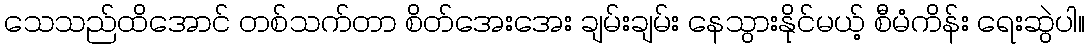
သေသည်ထိအောင် တစ်သက်တာ စိတ်အေးအေး ချမ်းချမ်း နေသွားနိုင်မယ့် စီမံကိန်း ရေးဆွဲပါ။